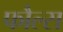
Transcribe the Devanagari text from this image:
फौल्स